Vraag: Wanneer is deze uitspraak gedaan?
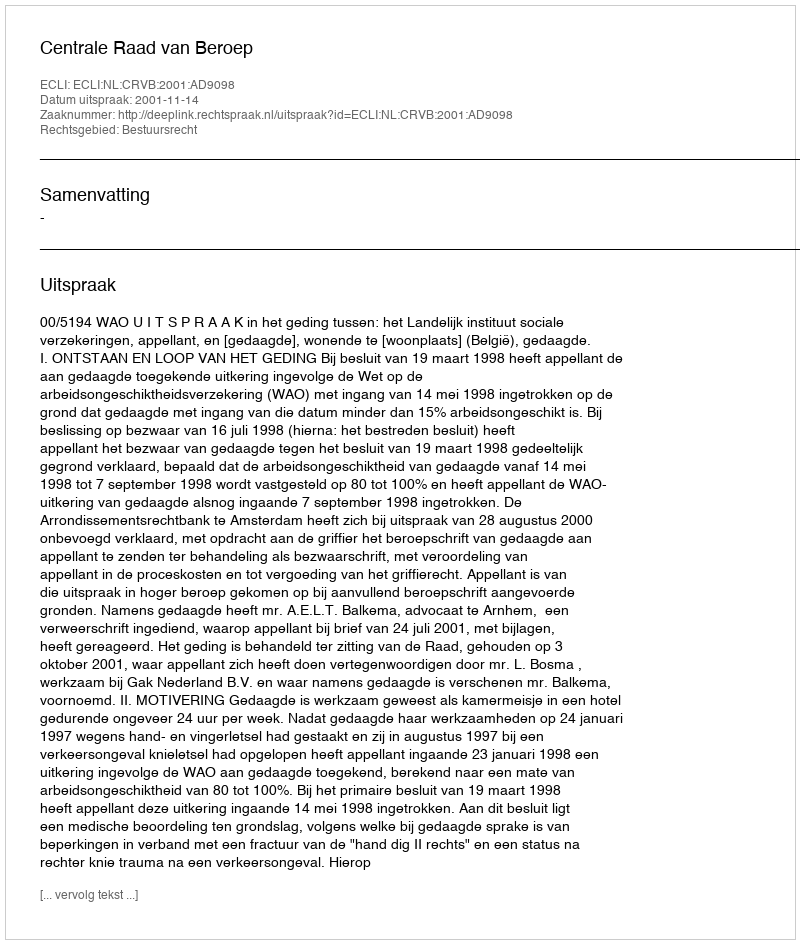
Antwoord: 2001-11-14